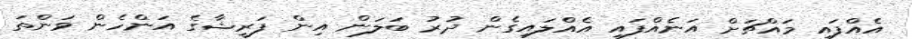
އެއްފައި މައްޗަށް އަނެއްފައި އެއްލައިގެން ދުރު ބަލަން އިން ފަރީޝާގެ އަންހެން ވަންތަ